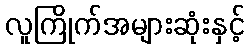
လူကြိုက်အများဆုံးနှင့်